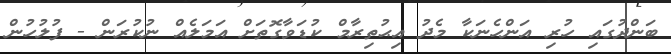
ބަންދުގައި ހުރި އަންހެނަކާ މެދު އިޙުތިރާމް ކުޑަވާގޮތަށް އަމަލެއް ނުކުރަން - ފުލުހުން